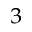
^ 3